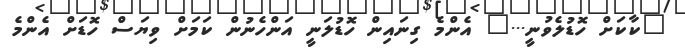
"ކާކަށް ހޮޑުލެވުނީ..." އެންމެ ގިނައިން ހޮޑުލަނީ އަންހެނުން ކަމަށް ވިޔަސް ހޮޑަށް އެންމެ